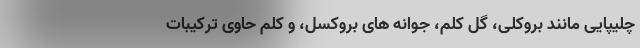
چلیپایی مانند بروکلی، گل کلم، جوانه های بروکسل، و کلم حاوی ترکیبات